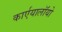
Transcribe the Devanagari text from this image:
कार्एयालाॅयो